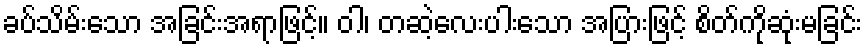
ခပ်သိမ်းသော အခြင်းအရာဖြင့်။ ဝါ၊ တဆဲ့လေးပါးသော အပြားဖြင့် စိတ်ကိုဆုံးမခြင်း